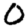
Digit: 0